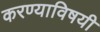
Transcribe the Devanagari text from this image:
करण्‍याविषयी